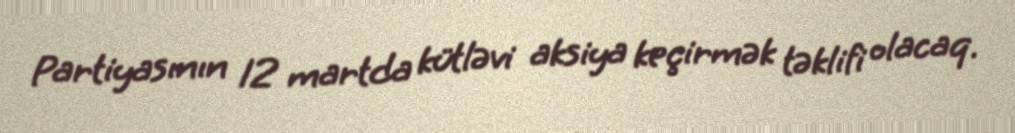
Partiyasının 12 martda kütləvi aksiya keçirmək təklifi olacaq.